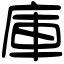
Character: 庫